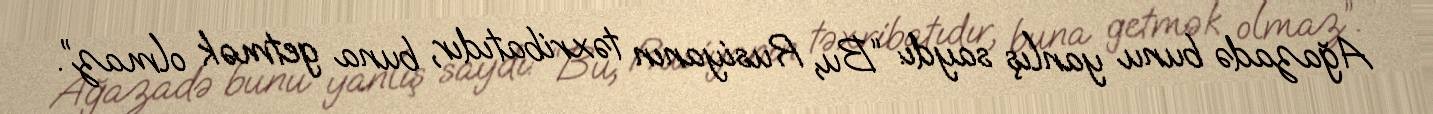
Ağazadə bunu yanlış saydı: “Bu, Rusiyanın təxribatıdır, buna getmək olmaz”.